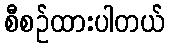
စီစဉ်ထားပါတယ်